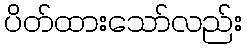
ပိတ်ထားသော်လည်း